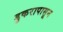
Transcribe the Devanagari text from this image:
डुकरापासून